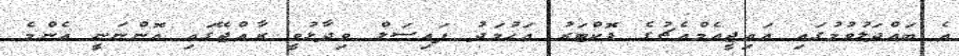
އެ ބައްދަލުވުމުގައި އައިޖީއެމްއެޗުގެ ޑޮކްޓަރު އަހުމަދު ފައިސަލް ވިދާޅުވީ ރާއްޖޭގައި އޮންނަނީ އެންމެ